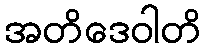
အတိဒေဝါတိ